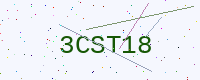
Text: 3CST18